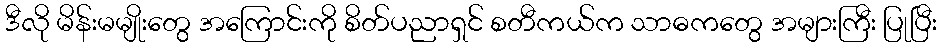
ဒီလို မိန်းမမျိုးတွေ အကြောင်းကို စိတ်ပညာရှင် စတီကယ်က သာဓကတွေ အများကြီး ပြုပြီး